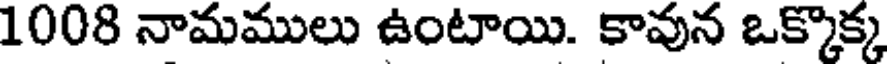
1008 నామములు ఉంటాయి. కావున ఒక్కొక్క